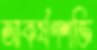
আকর্ষণশক্তি